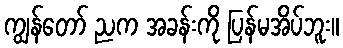
ကျွန်တော် ညက အခန်းကို ပြန်မအိပ်ဘူး။